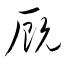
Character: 厩